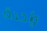
واحدة